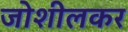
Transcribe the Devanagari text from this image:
जोशीलकर